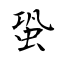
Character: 蛩